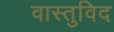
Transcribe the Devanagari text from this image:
वास्‍तुविद